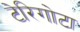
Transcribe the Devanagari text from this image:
टेरिगोटा